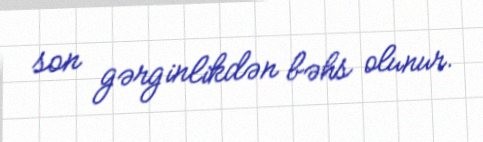
son gərginlikdən bəhs olunur.